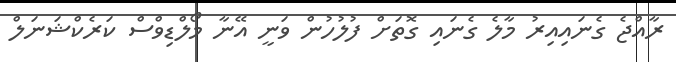
ރާއްޖެ ގެނައިއިރު މާލެ ގެނައި ގޮތަށް ފުލުހުން ވަނީ އޭނާ މޯލްޑިވްސް ކަރެކްޝަނަލް